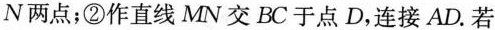
N两点；②作直线MN交BC于点D，连接AD.若